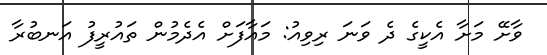
ވާށޭ މަށާ އެކީގެ ދެ ވަނަ ރިވިއު: މައާފަށް އެދެމުން ތައުރީފު އަނބުރާ